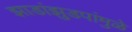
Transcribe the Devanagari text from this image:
झाडांझुडपांमुळे